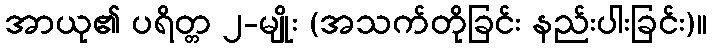
အာယု၏ ပရိတ္တ ၂-မျိုး (အသက်တိုခြင်း နည်းပါးခြင်း)။